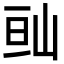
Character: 𡷆